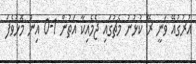
އުރުގުއޭ ވަނީ ރޭ ކުޅުނު މެޗުގައި ޖެމެއިކާ އަތުން 1-0 އިން މޮޅުވެފަ